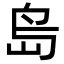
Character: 𡷊